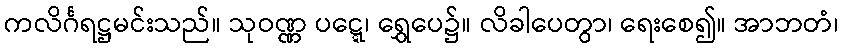
ကလိင်္ဂရဋ္ဌမင်းသည်။ သုဝဏ္ဏ ပဋ္ဋေ၊ ရွှေပေ၌။ လိခါပေတွာ၊ ရေးစေ၍။ အာဘတံ၊